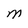
Character: M